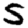
Digit: 5